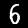
Label: 6